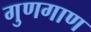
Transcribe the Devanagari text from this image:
गुणगाण